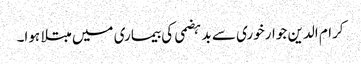
کرام الدین جوار خوری سے بد ہضمی کی بیماری میں مبتلا ہوا۔